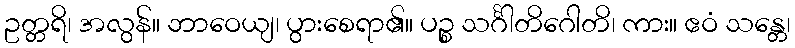
ဥတ္တရိ၊ အလွန်။ ဘာဝေယျ၊ ပွားစေရာ၏။ ပဉ္စ သင်္ဂါတိဂေါတိ၊ ကား။ ဧဝံ သန္တေ၊